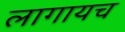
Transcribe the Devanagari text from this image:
लागायच